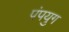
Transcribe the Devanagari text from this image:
पंपयुग